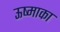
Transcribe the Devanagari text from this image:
ऊष्माका